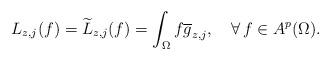
LaTeX: \begin{align*}L_{z,j}(f)=\widetilde{L}_{z,j}(f)=\int_\Omega{f}\overline{g}_{z,j},\ \ \ \forall\, f\in{A^p(\Omega)}.\end{align*}